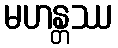
မဟန္တဿ